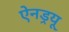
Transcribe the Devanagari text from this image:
ऐनड्रयू